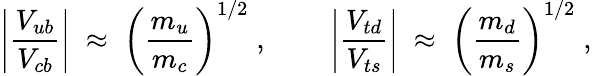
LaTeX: \left|\frac{V_{ub}}{V_{cb}}\right|\; \approx\; \left(\frac{m_{u}}{m_{c}}\right)^{1/2}\; ,~~~~~~~~\left|\frac{V_{td}}{V_{ts}}\right|\; \approx\; \left(\frac{m_{d}}{m_{s}}\right)^{1/2}\; ,